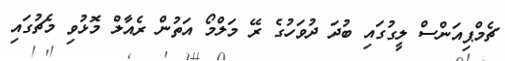
ޗެމްޕިއަންސް ލީގުގައި ބުދަ ދުވަހުގެ ރޭ މަލްމޯ އަތުން ރެއާލް މޮޅުވި މެޗުގައި